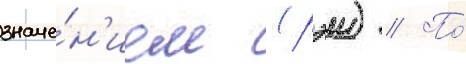
значе́н'ием (рэи) // По́